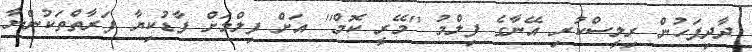
ދާދިފަހުން ރިލީސްކުރި އޭނާގެ ފިލްމު ''މޭރީ ކޮމް'' އަށް ފިލްމަށް ފާޑުކިޔާ ފަރާތްތަކުންނާ